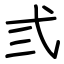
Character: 弎